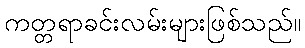
ကတ္တရာခင်းလမ်းများဖြစ်သည်။